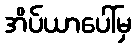
အိပ်ယာပေါ်မှ